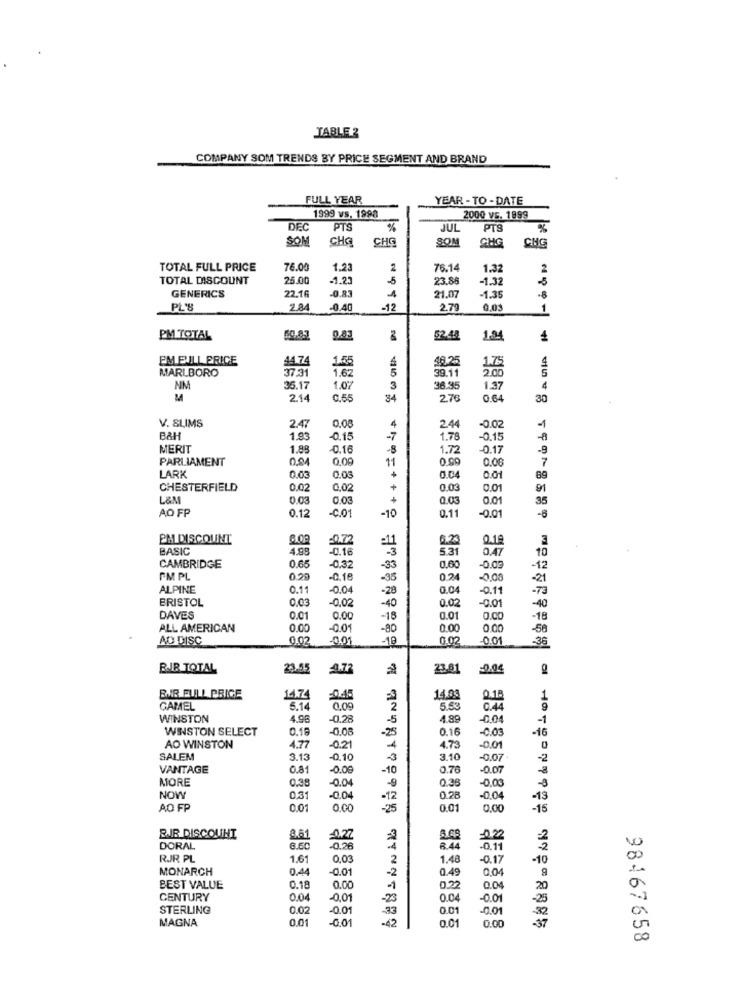
TABLE 2
COMPANY SOM TRENDS BY PRICE SEGMENT AND BRAND
FULL YEAR
YEAR - TO - DATE
1999 vs. 1998
2000 vs. 1999
DEC
PTS
JUL
PTS
%
SOM
CHa
CHE
SON
CHG
CMG
TOTAL FULL PRICE
76.00
1.23
2
76.14
1.32
2
TOTAL DISCOUNT
25.00
1.23
-5
23.86
-1.32
22,1
-0.83
GENERICS
1
21.07
1.35
-8
PL'S
-0.40
-12
2.79
0.05
1
PM TOTAL
50.87
52.48
14
EMELLERICE
44.74
1.5
48.25
MARLBORO
37.31
1.62
5
39.11
1.75
2.00
NM
35.17
1.07
3
36.95
1.37
4
M
2.14
0.55
34
276
0.64
30
V. SLIMS
2.47
0,08
4
2.44
-0.02
1.93
-0.15
-7
1.78
-0,15
-a
MERIT
1.88
-0.16
-8
1.72
0.17
-9
PARLIAMENT
0.94
0,09
11
0.99
0.06
7
LARK
0.03
0.0€
+
0.04
0.01
89
CHESTERFIELD
0.02
0.02
+
0.03
0.01
91
L&M
0.03
0.03
+
0.03
0.01
35
AO FP
0.12
-0.01
-10
0.11
-0.01
-6
EM DISCOUNT
:0.72
6.23
0.19
BASIC
4.99
-0.16
5.31
0.47
10
0.65
CAMBRIDGE
-0,32
-33
0,60
0.03
-12
IM PL
0.29
-0.18
-35
0.24
0,00
-21
ALPINE
0.11
-0.04
-28
0.04
-0.11
-73
BRISTOL
0,03
-0,02
0.02
-0.01
-40
-40
DAVES
0.01
0.00
-18
0.01
O.C
-18
ALL AMERICAN
0.00
-0.01
-80
0.00
0.00
-58
AD DISC
0.02
-0.01
-10
0.02
0.01
-36
BIR TOTAL
23.55
-9.77
23.01
200
BIR FULL PRICE
1474
14.03
0.18
GAMEL
5.14
0.09
2
5.53
0.44
WINSTON
4.95
-0.28
-5
4.89
-0.04
-1
WINSTON SELECT
0.18
-0.08
0.16
-0.03
-16
-25
AO WINSTON
4.77
-0.21
-4
4.73
-0.01
0
SALEM
3.13
-0.10
3.10
-0.07
-2
VANTAGE
0.81
-0.08
-10
0.76
-0.07
MORE
0.38
-0.04
-0,00
-9
0,36
-3
NOW
0.3
-0.04
-12
0.28
-0.04
-13
AO FP
0.01
O.CO
-25
0.0
0.0
-15
BIR DISCOUNT
2.61
-0.27
=3
-0.22
DORAL
8.60
0.28
.4
8.44
0.11
RJR PL
1.61
0,03
2
1.48
-0.17
-10
00
MONARCH
0.44
0.01
-2
0.49
0.04
0
BEST VALUE
0.18
0.00
4
0.22
0.04
20
CENTURY
0.04
-0.01
-23
0.04
-0.01
-25
STERLING
0.02
-0.01
-33
0.01
-0.01
MAGNA
0.01
-0.01
-42
192 - 8885
0.01
0.00
00
98467658